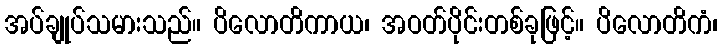
အပ်ချုပ်သမားသည်။ ပိလောတိကာယ၊ အဝတ်ပိုင်းတစ်ခုဖြင့်။ ပိလောတိကံ၊